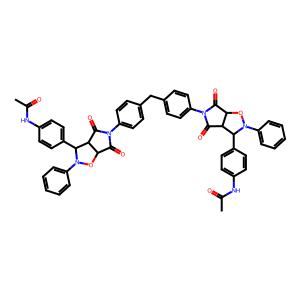
SMILES: CC(=O)Nc1ccc(C2C3C(=O)N(c4ccc(Cc5ccc(N6C(=O)C7ON(c8ccccc8)C(c8ccc(NC(C)=O)cc8)C7C6=O)cc5)cc4)C(=O)C3ON2c2ccccc2)cc1
Inhibits HIV replication: No